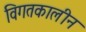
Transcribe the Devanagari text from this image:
विगतकालीन